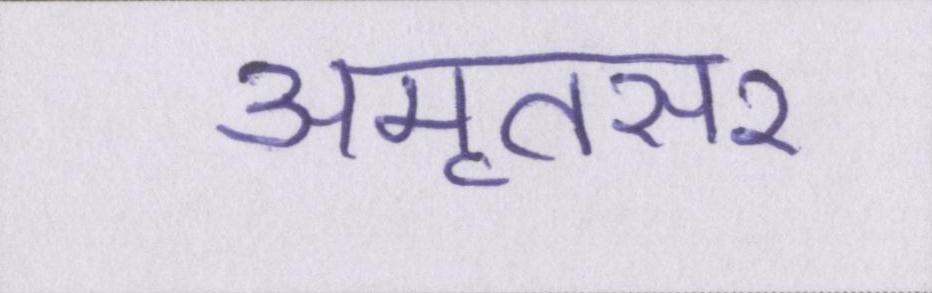
अमृतसर